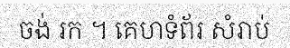
ចង់ រក ។ គេហទំព័រ សំរាប់